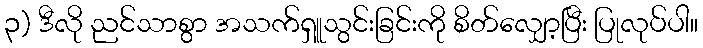
၃) ဒီလို ညင်သာစွာ အသက်ရှူသွင်းခြင်းကို စိတ်လျှော့ပြီး ပြုလုပ်ပါ။